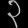
Digit: ၃